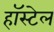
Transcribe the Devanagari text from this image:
हॉस्टेल